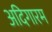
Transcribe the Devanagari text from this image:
अदिगारम